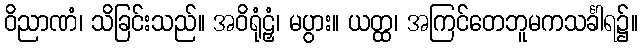
ဝိညာဏံ၊ သိခြင်းသည်။ အဝိရုံဠှံ၊ မပွား။ ယတ္ထ၊ အကြင်တေဘူမကသင်္ခါရ၌။